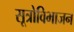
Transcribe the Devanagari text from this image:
सूत्रोविभाजन